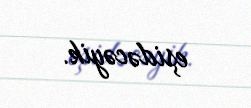
eşidəcəyik.